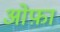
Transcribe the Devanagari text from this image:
ओफ़ा